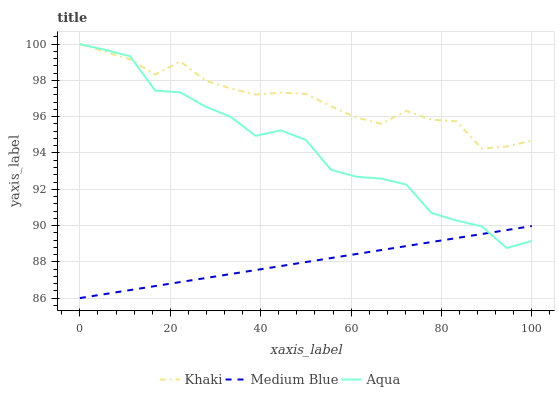
| xaxis_label | Khaki | Medium Blue | Aqua |
 | --- | --- | --- | --- |
 | 0 | 100 | 86 | 100 |
 | 5.56 | 99.6 | 86.2 | 99.7 |
 | 11.1 | 99.2 | 86.4 | 99.3 |
 | 16.7 | 98.3 | 86.7 | 97.4 |
 | 22.2 | 99 | 86.9 | 97.3 |
 | 27.8 | 98 | 87.1 | 96.6 |
 | 33.3 | 97.6 | 87.3 | 96 |
 | 38.9 | 97.2 | 87.5 | 94.9 |
 | 44.4 | 97.3 | 87.8 | 95.2 |
 | 50 | 97.3 | 88 | 94.7 |
 | 55.6 | 96.6 | 88.2 | 93.1 |
 | 61.1 | 96 | 88.4 | 92.7 |
 | 66.7 | 95.6 | 88.6 | 92.6 |
 | 72.2 | 96.3 | 88.9 | 92.3 |
 | 77.8 | 95.8 | 89.1 | 90.7 |
 | 83.3 | 95.7 | 89.3 | 90.3 |
 | 88.9 | 94.2 | 89.5 | 90 |
 | 94.4 | 94.4 | 89.8 | 88.8 |
 | 100 | 94.7 | 90 | 89.1 |